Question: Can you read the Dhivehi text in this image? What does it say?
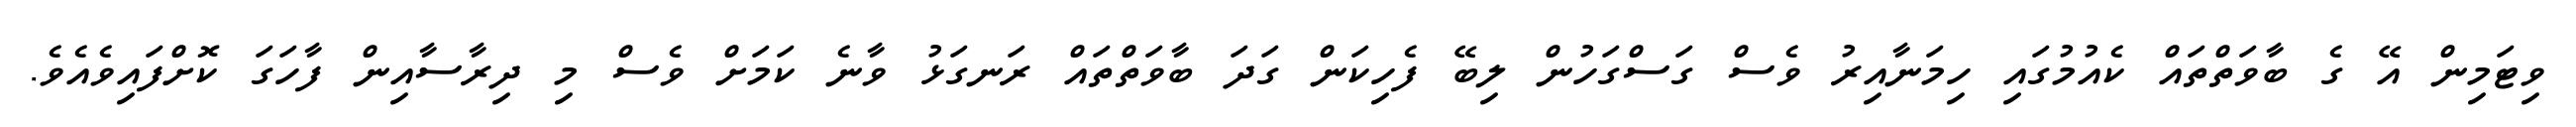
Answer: ވިޓަމިން އޭ ގެ ބާވަތްތައް ކެއުމުގައި ހިމަނާއިރު ވެސް ގަސްގަހުން ލިބޭ ފެހިކަން ގަދަ ބާވަތްތައް ރަނގަޅު ވާނެ ކަމަށް ވެސް މި ދިރާސާއިން ފާހަގަ ކޮށްފައިވެއެވެ.